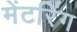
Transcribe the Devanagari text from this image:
मेंटरिंग